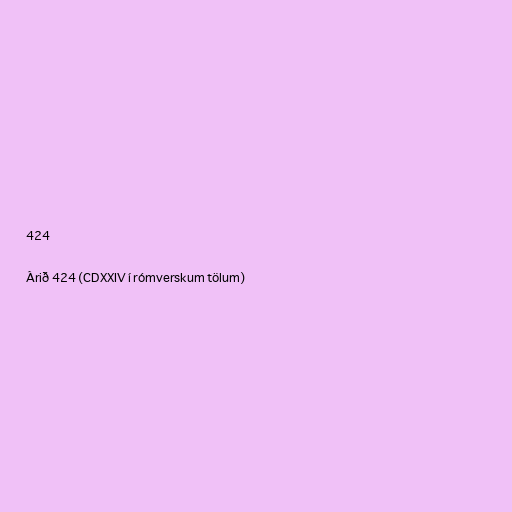
424

Árið 424 (CDXXIV í rómverskum tölum)